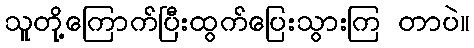
သူတို့ကြောက်ပြီးထွက်ပြေးသွားကြ တာပဲ။